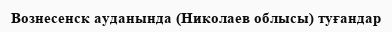
Вознесенск ауданында (Николаев облысы) туғандар